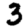
Digit: 3